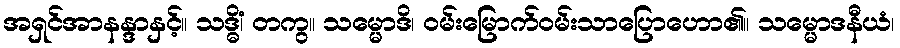
အရှင်အာနန္ဒာနှင့်။ သဒ္ဓိံ၊ တကွ။ သမ္မောဒိ၊ ဝမ်းမြောက်ဝမ်းသာပြောဟော၏။ သမ္မောဒနီယံ၊